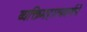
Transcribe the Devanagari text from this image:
व्यक्तिमहात्मवर्णने